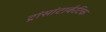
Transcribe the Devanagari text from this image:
ट्रांसांटार्कटिक